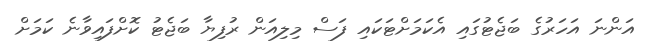
އަންނަ އަހަރުގެ ބަޖެޓުގައި އެކަމަށްޓަކައި ފަސް މިލިއަން ރުފިޔާ ބަޖެޓު ކޮށްފައިވާނެ ކަމަށް